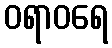
ဝရာဝရေ